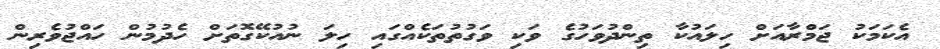
އެކަމަކު ޖަމްރާއަށް ހިލައުކާ ތިންދުވަހުގެ ވަކި ވަގުތުތަކެއްގައި ހިލަ ނުއުކޭގޮތަށް ހެދުމުން ހައްޖުވެރިން